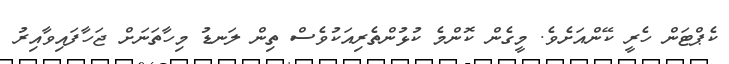
ކެޕްޓަން ހެރީ ކޭންއަށެވެ. މީގެން ކޮންމެ ކުޅުންތެރިއަކުވެސް ތިން ލަނޑު މިހާތަނަށް ޖަހާފައިވާއިރު